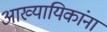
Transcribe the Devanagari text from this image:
आख्यायिकांना